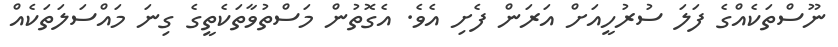
ނޫސްތަކެއްގެ ފަލަ ސުރުހީއަށް އަރަން ފެށި އެވެ. އެގޮތުން މަސްތުވާތަކެތީގެ ގިނަ މައްސަލަތަކެއް